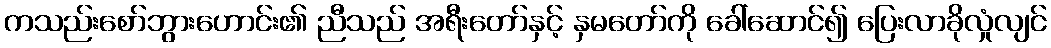
ကသည်းစော်ဘွားဟောင်း၏ ညီသည် အရီးတော်နှင့် နှမတော်ကို ခေါ်ဆောင်၍ ပြေးလာခိုလှုံလျင်